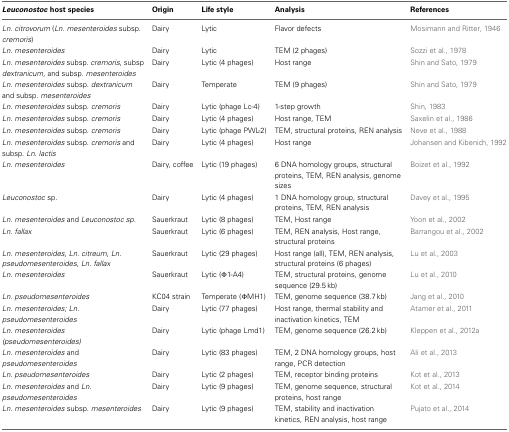
<table><thead><tr><td><b><i>Leuconostoc</i> host species</b></td><td><b>Origin</b></td><td><b>Life style</b></td><td><b>Analysis</b></td><td><b>References</b></td></tr></thead><tbody><tr><td><i>Ln. citrovorum</i> (<i>Ln</i>. <i>mesenteroides</i> subsp. <i>cremoris</i>)</td><td>Dairy</td><td>Lytic</td><td>Flavor defects</td><td>Mosimann and Ritter, 1946</td></tr><tr><td><i>Ln. mesenteroides</i></td><td>Dairy</td><td>Lytic</td><td>TEM (2 phages)</td><td>Sozzi et al., 1978</td></tr><tr><td><i>Ln. mesenteroides</i> subsp. <i>cremoris</i>, subsp <i>dextranicum</i>, and subsp. <i>mesenteroides</i></td><td>Dairy</td><td>Lytic (4 phages)</td><td>Host range</td><td>Shin and Sato, 1979</td></tr><tr><td><i>Ln. mesenteroides</i> subsp. <i>dextranicum</i> and subsp. <i>mesenteroides</i></td><td>Dairy</td><td>Temperate</td><td>TEM (9 phages)</td><td>Shin and Sato, 1979</td></tr><tr><td><i>Ln. mesenteroides</i> subsp. <i>cremoris</i></td><td>Dairy</td><td>Lytic (phage Lc-4)</td><td>1-step growth</td><td>Shin, 1983</td></tr><tr><td><i>Ln. mesenteroides</i> subsp. <i>cremoris</i></td><td>Dairy</td><td>Lytic (4 phages)</td><td>Host range, TEM</td><td>Saxelin et al., 1986</td></tr><tr><td><i>Ln. mesenteroides</i> subsp. <i>cremoris</i></td><td>Dairy</td><td>Lytic (phage PWL-2)</td><td>TEM, structural proteins, REN analysis</td><td>Neve et al., 1988</td></tr><tr><td><i>Ln. mesenteroides</i> subsp. <i>cremoris</i> and subsp. <i>Ln. lactis</i></td><td>Dairy</td><td>Lytic (4 phages)</td><td>Host range</td><td>Johansen and Kibenich, 1992</td></tr><tr><td><i>Ln. mesenteroides</i></td><td>Dairy, coffee</td><td>Lytic (19 phages)</td><td>6 DNA homology groups, structural proteins, TEM, REN analysis, genome sizes</td><td>Boizet et al., 1992</td></tr><tr><td><i>Leuconostoc</i> sp.</td><td>Dairy</td><td>Lytic (4 phages)</td><td>1 DNA homology group, structural proteins, TEM, REN analysis</td><td>Davey et al., 1995</td></tr><tr><td><i>Ln. mesenteroides</i> and <i>Leuconostoc sp.</i></td><td>Sauerkraut</td><td>Lytic (8 phages)</td><td>TEM, Host range</td><td>Yoon et al., 2002</td></tr><tr><td><i>Ln. fallax</i></td><td>Sauerkraut</td><td>Lytic (6 phages)</td><td>TEM, REN analysis, Host range, structural proteins</td><td>Barrangou et al., 2002</td></tr><tr><td><i>Ln. mesenteroides, Ln. citreum, Ln. pseudomesenteroides, Ln. fallax</i></td><td>Sauerkraut</td><td>Lytic (29 phages)</td><td>Host range (all), TEM, REN analysis, structural proteins (6 phages)</td><td>Lu et al., 2003</td></tr><tr><td><i>Ln. mesenteroides</i></td><td>Sauerkraut</td><td>Lytic (Φ1-A4)</td><td>TEM, structural proteins, genome sequence (29.5 kb)</td><td>Lu et al., 2010</td></tr><tr><td><i>Ln. pseudomesenteroides</i></td><td>KC04 strain</td><td>Temperate (ΦMH1)</td><td>TEM, genome sequence (38.7 kb)</td><td>Jang et al., 2010</td></tr><tr><td><i>Ln. mesenteroides; Ln. pseudomesenteroides</i></td><td>Dairy</td><td>Lytic (77 phages)</td><td>Host range, thermal stability and inactivation kinetics, TEM</td><td>Atamer et al., 2011</td></tr><tr><td><i>Ln. mesenteroides (pseudomesenteroides)</i></td><td>Dairy</td><td>Lytic (phage Lmd1)</td><td>TEM, genome sequence (26.2 kb)</td><td>Kleppen et al., 2012a</td></tr><tr><td><i>Ln. mesenteroides</i> and <i>pseudomesenteroides</i></td><td>Dairy</td><td>Lytic (83 phages)</td><td>TEM, 2 DNA homology groups, host range, PCR detection</td><td>Ali et al., 2013</td></tr><tr><td><i>Ln. pseudomesenteroides</i></td><td>Dairy</td><td>Lytic (2 phages)</td><td>TEM, receptor binding proteins</td><td>Kot et al., 2013</td></tr><tr><td><i>Ln. mesenteroides</i> and <i>Ln. pseudomesenteroides</i></td><td>Dairy</td><td>Lytic (9 phages)</td><td>TEM, genome sequence, structural proteins, host range</td><td>Kot et al., 2014</td></tr><tr><td><i>Ln. mesenteroides</i> subsp. <i>mesenteroides</i></td><td>Dairy</td><td>Lytic (9 phages)</td><td>TEM, stability and inactivation kinetics, REN analysis, host range</td><td>Pujato et al., 2014</td></tr></tbody></table>